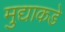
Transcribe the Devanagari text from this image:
मुद्याकडे